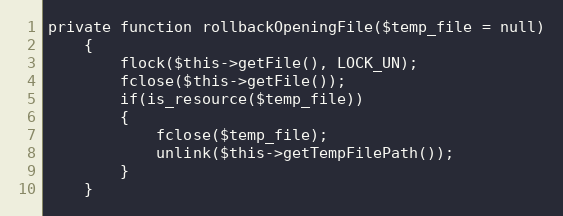
Language: PHP
private function rollbackOpeningFile($temp_file = null)
    {
        flock($this->getFile(), LOCK_UN);
        fclose($this->getFile());
        if(is_resource($temp_file))
        {
            fclose($temp_file);
            unlink($this->getTempFilePath());
        }
    }